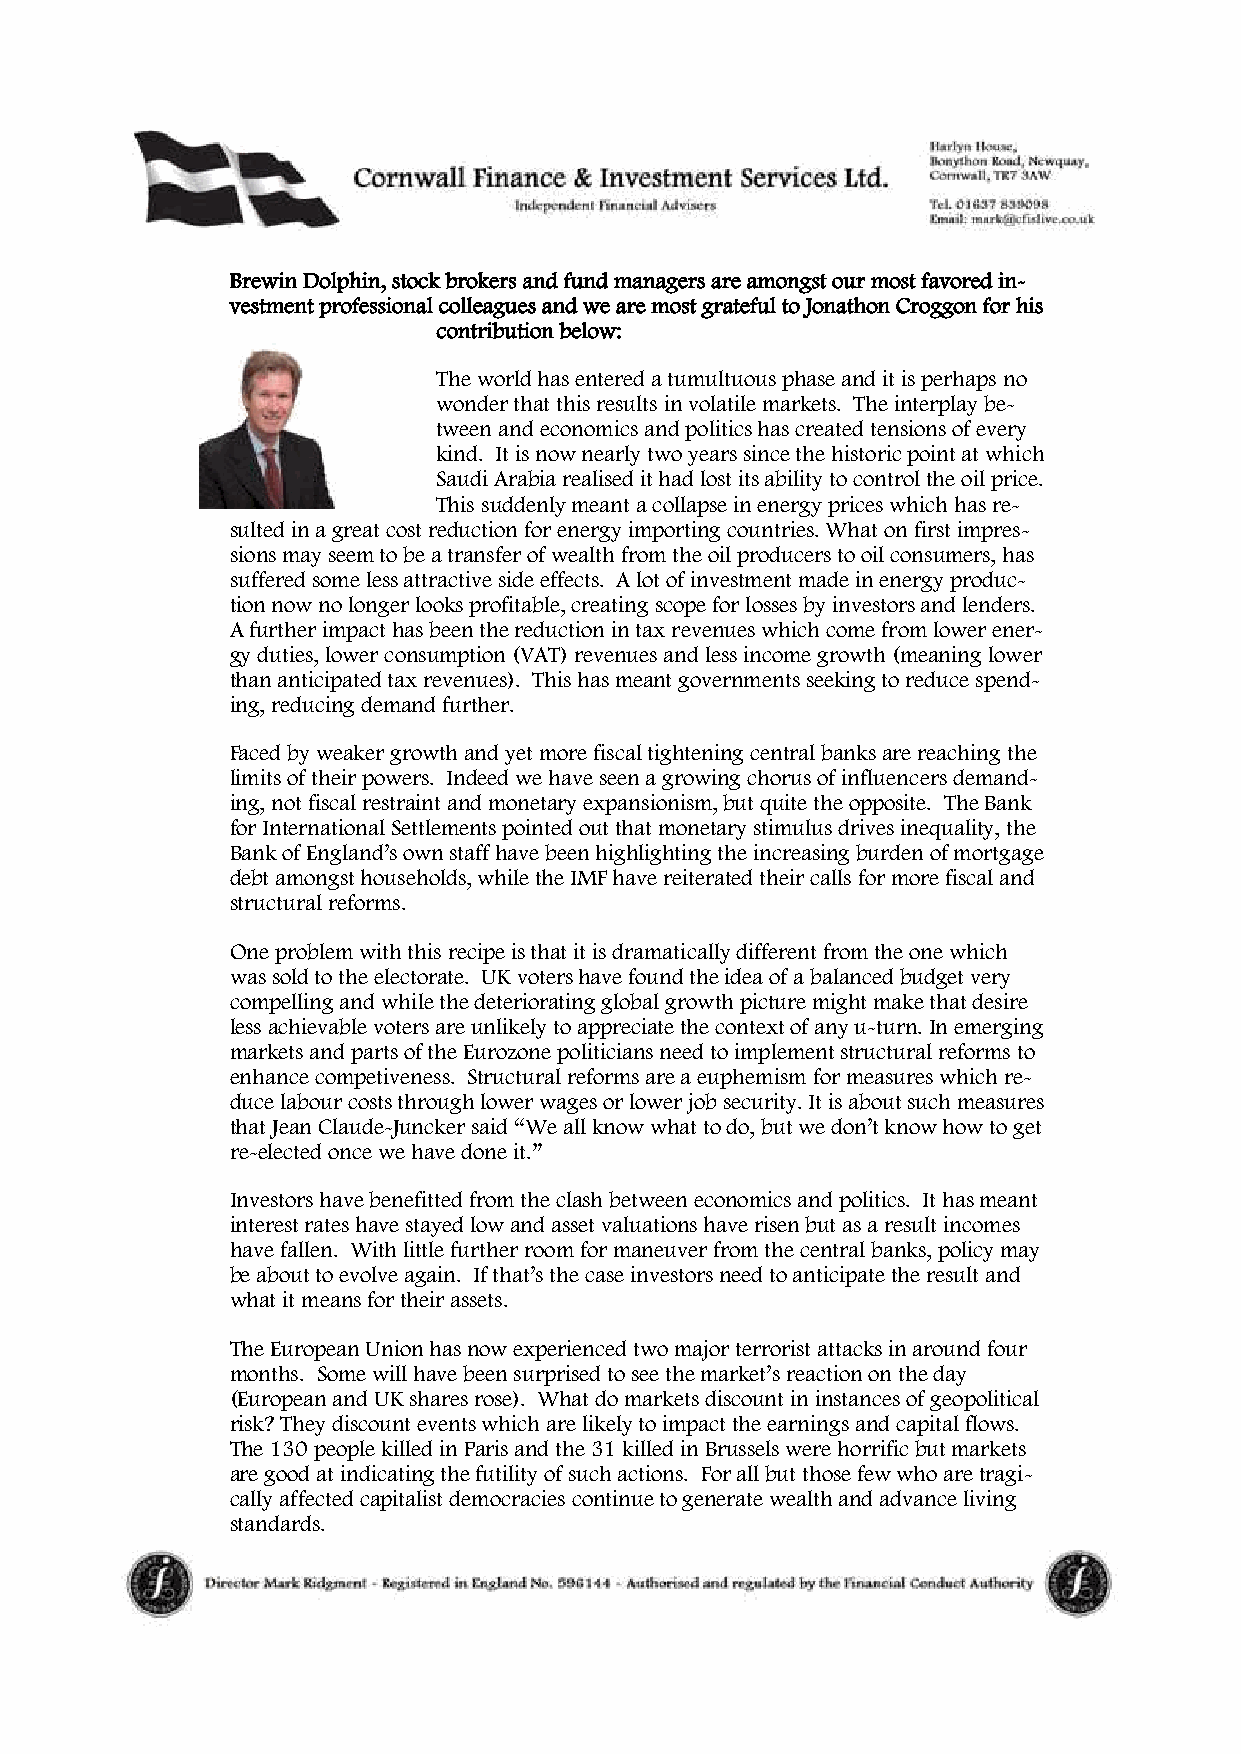
Brewin Dolphin, stock brokers and fund managers are amongst our most favored in-
 vestment professional colleagues and we are most grateful to Jonathon Croggon for his
 contribution below:
 The world has entered a tumultuous phase and it is perhaps no
 wonder that this results in volatile markets. The interplay be-
 tween and economics and politics has created tensions of every
 kind. It is now nearly two years since the historic point at which
 Saudi Arabia realised it had lost its ability to control the oil price.
 This suddenly meant a collapse in energy prices which has re-
 sulted in a great cost reduction for energy importing countries. What on first impres-
 sions may seem to be a transfer of wealth from the oil producers to oil consumers, has
 suffered some less attractive side effects. A lot of investment made in energy produc-
 tion now no longer looks profitable, creating scope for losses by investors and lenders.
 A further impact has been the reduction in tax revenues which come from lower ener-
 gy duties, lower consumption (VAT) revenues and less income growth (meaning lower
 than anticipated tax revenues). This has meant governments seeking to reduce spend-
 ing, reducing demand further.
 Faced by weaker growth and yet more fiscal tightening central banks are reaching the
 limits of their powers. Indeed we have seen a growing chorus of influencers demand-
 ing, not fiscal restraint and monetary expansionism, but quite the opposite. The Bank
 for International Settlements pointed out that monetary stimulus drives inequality, the
 Bank of England’s own staff have been highlighting the increasing burden of mortgage
 debt amongst households, while the IMF have reiterated their calls for more fiscal and
 structural reforms.
 One problem with this recipe is that it is dramatically different from the one which
 was sold to the electorate. UK voters have found the idea of a balanced budget very
 compelling and while the deteriorating global growth picture might make that desire
 less achievable voters are unlikely to appreciate the context of any u-turn. In emerging
 markets and parts of the Eurozone politicians need to implement structural reforms to
 enhance competiveness. Structural reforms are a euphemism for measures which re-
 duce labour costs through lower wages or lower job security. It is about such measures
 that Jean Claude-Juncker said “We all know what to do, but we don’t know how to get
 re-elected once we have done it.”
 Investors have benefitted from the clash between economics and politics. It has meant
 interest rates have stayed low and asset valuations have risen but as a result incomes
 have fallen. With little further room for maneuver from the central banks, policy may
 be about to evolve again. If that’s the case investors need to anticipate the result and
 what it means for their assets.
 The European Union has now experienced two major terrorist attacks in around four
 months. Some will have been surprised to see the market’s reaction on the day
 (European and UK shares rose). What do markets discount in instances of geopolitical
 risk? They discount events which are likely to impact the earnings and capital flows.
 The 130 people killed in Paris and the 31 killed in Brussels were horrific but markets
 are good at indicating the futility of such actions. For all but those few who are tragi-
 cally affected capitalist democracies continue to generate wealth and advance living
 standards.